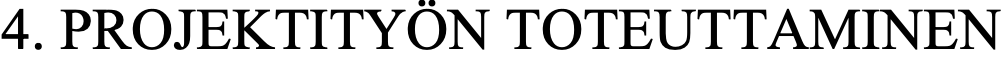
4. PROJEKTITYÖN TOTEUTTAMINEN